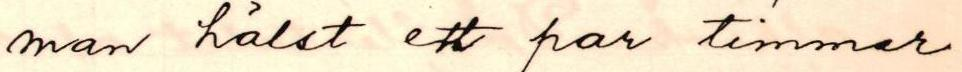
man hälst ett par timmar